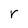
Character: r